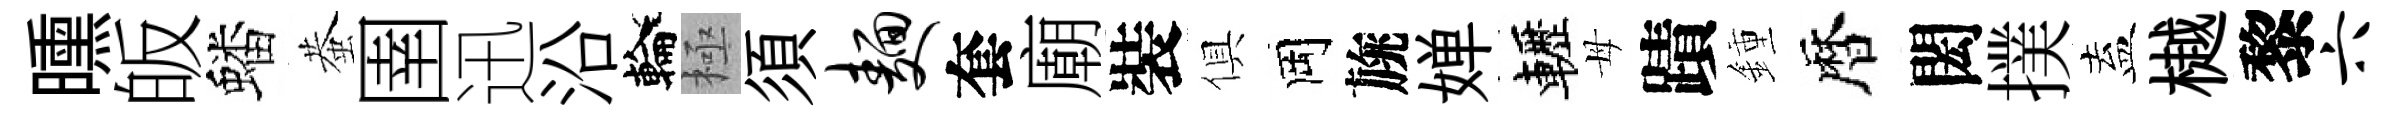
曛皈蟠蛬圉迅沿輪極須面套廟裝俱岡旐婵轣母蹟鍾暦閎撲盍樾黎六